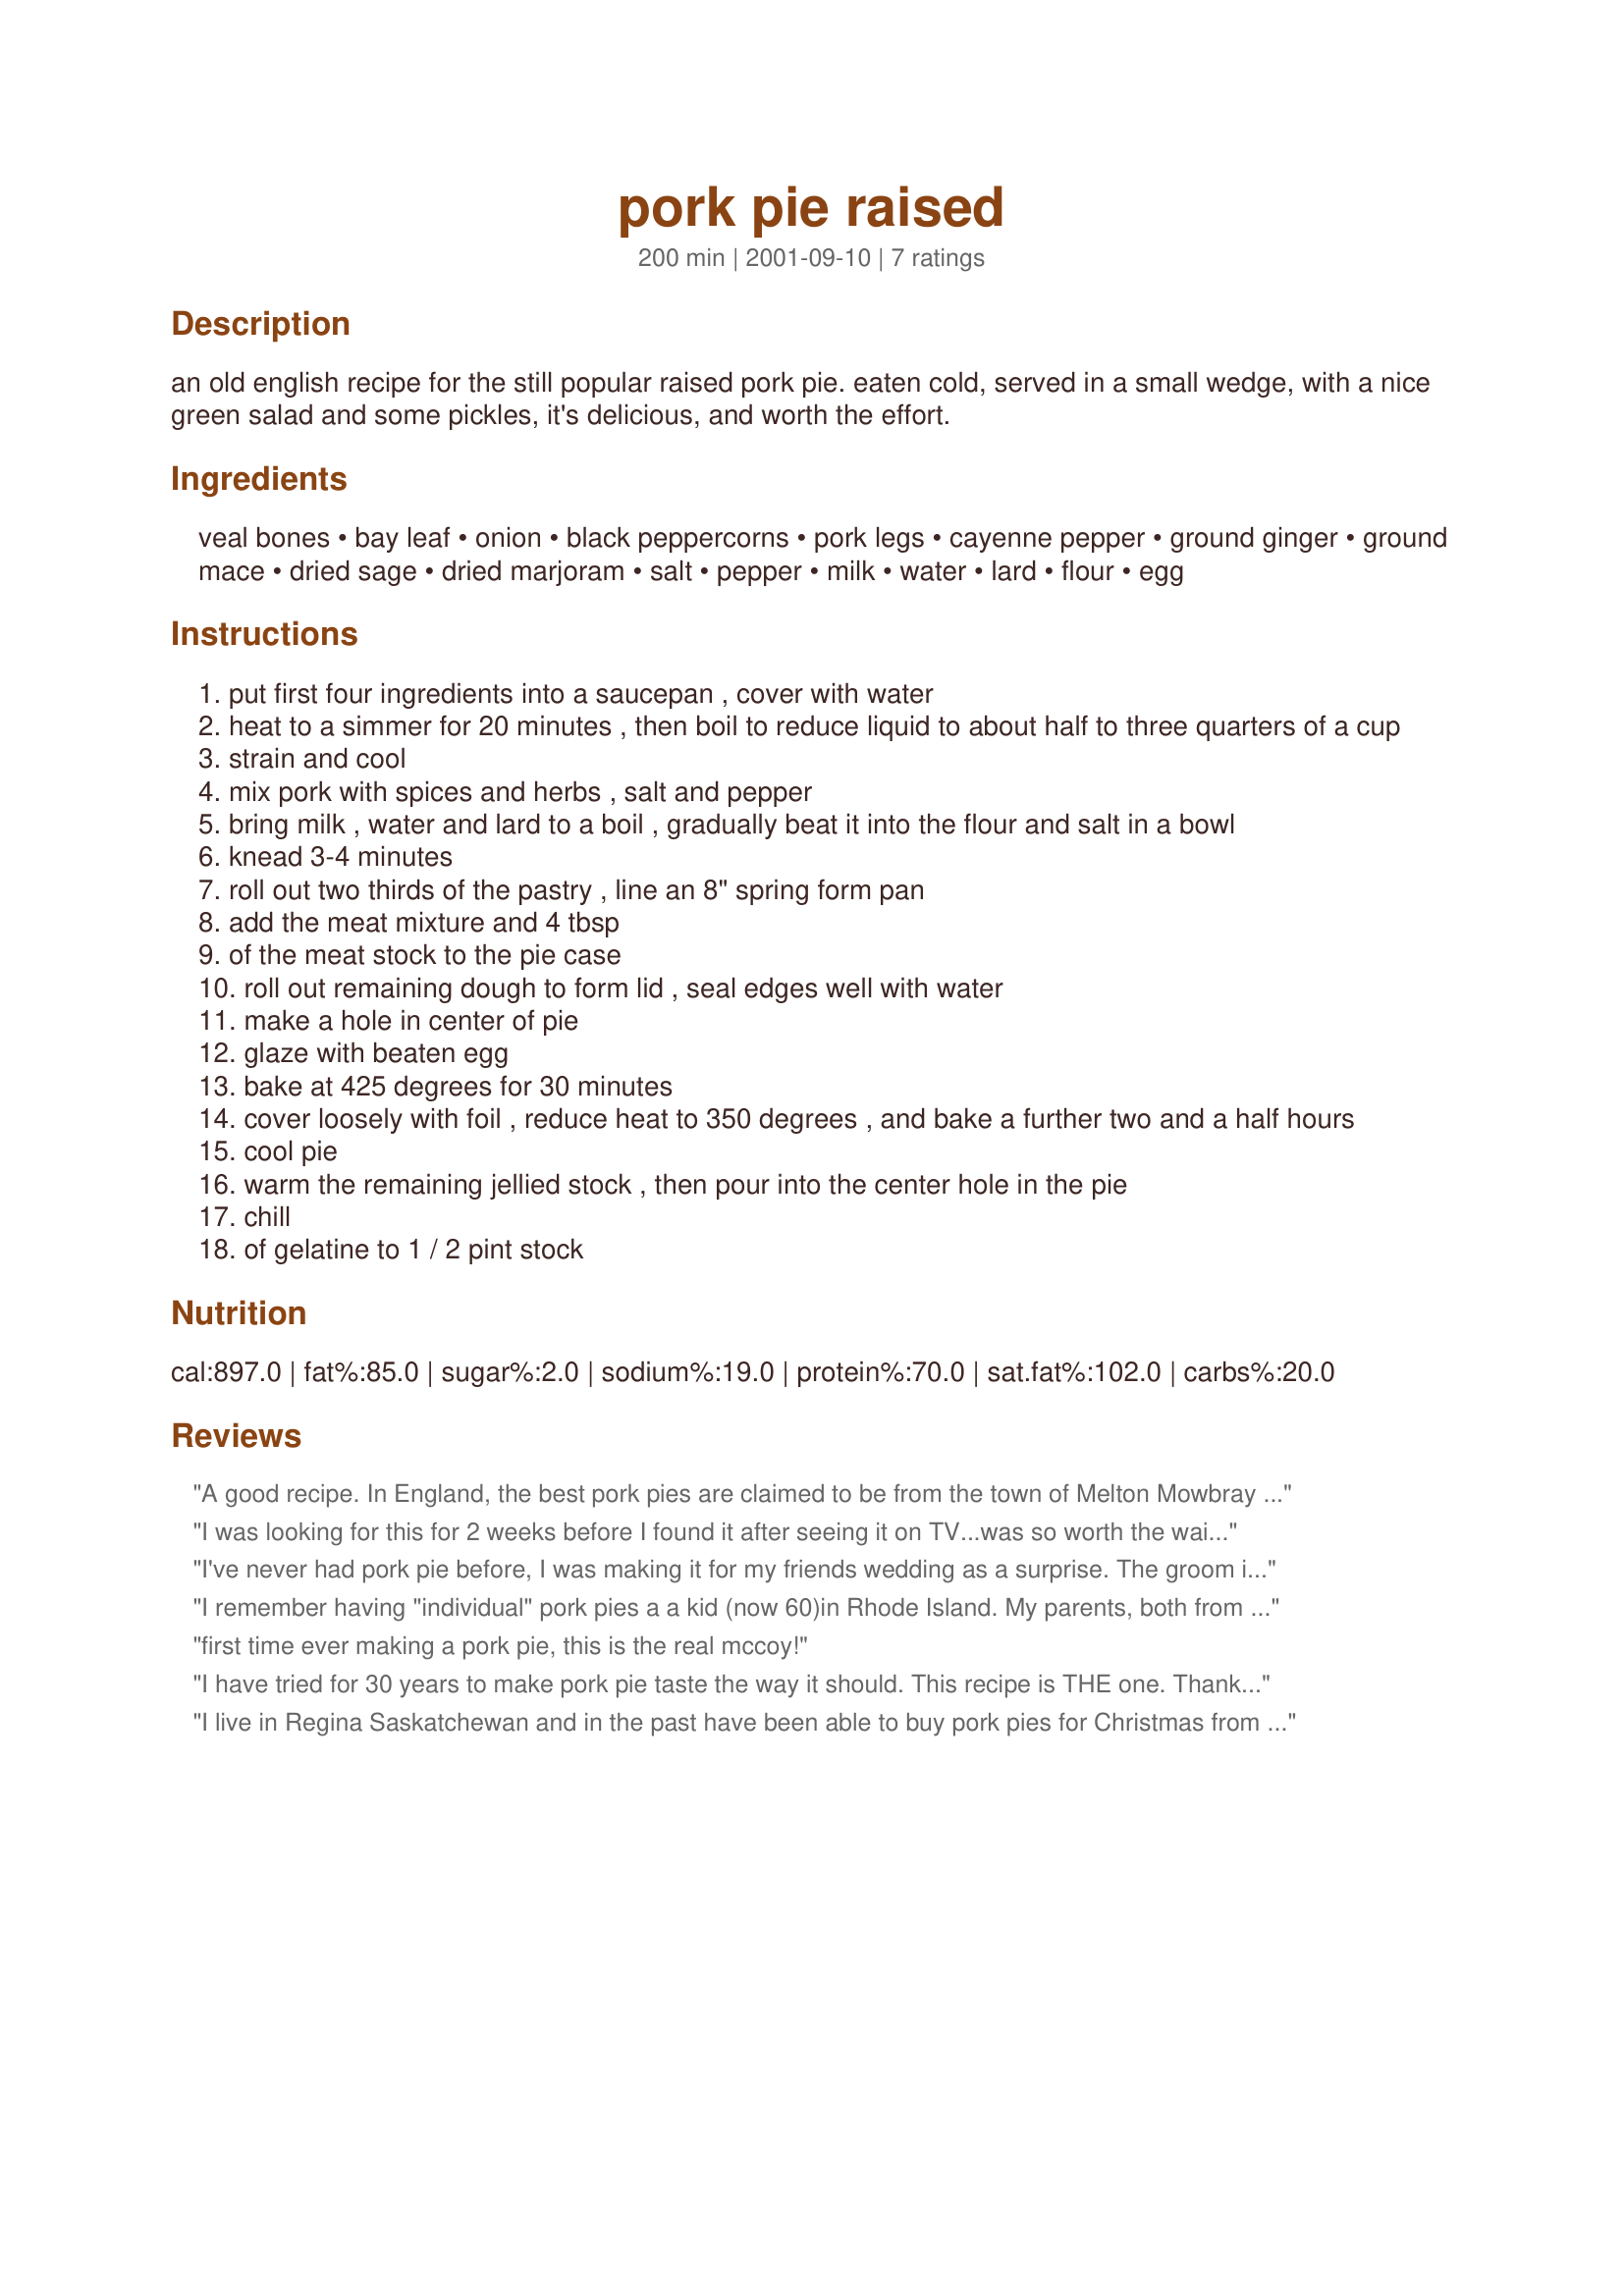
pork pie raised
Preparation time: 200 minutes

an old english recipe for the still popular raised pork pie. eaten cold, served in a small wedge, with a nice green salad and some pickles, it's delicious, and worth the effort.

Ingredients:
veal bones, bay leaf, onion, black peppercorns, pork legs, cayenne pepper, ground ginger, ground mace, dried sage, dried marjoram, salt, pepper, milk, water, lard, flour, egg

Steps:
put first four ingredients into a saucepan , cover with water
heat to a simmer for 20 minutes , then boil to reduce liquid to about half to three quarters of a cup
strain and cool
mix pork with spices and herbs , salt and pepper
bring milk , water and lard to a boil , gradually beat it into the flour and salt in a bowl
knead 3-4 minutes
roll out two thirds of the pastry , line an 8" spring form pan
add the meat mixture and 4 tbsp
of the meat stock to the pie case
roll out remaining dough to form lid , seal edges well with water
make a hole in center of pie
glaze with beaten egg
bake at 425 degrees for 30 minutes
cover loosely with foil , reduce heat to 350 degrees , and bake a further two and a half hours
cool pie
warm the remaining jellied stock , then pour into the center hole in the pie
chill
of gelatine to 1 / 2 pint stock

Reviews:
A good recipe. In England, the best pork pies are claimed to be from the town of Melton Mowbray in Leicestershire (where I worked at one time. No, not making pork recipes - making dog food!). The filling for this pie is very similar to the one I use, taken from a Melton recipe.<br/><br/>The main criterion is that the pork (or at least most of it) should be cubed (1/4-3/8") rather than minced/ground. This gives a wonderful mouth-feel.
I was looking for this for 2 weeks before I found it after seeing it on TV...was so worth the wait. This was the first pie I ever made and it was so easy and tasted great. Even my 16 year old sister complemented on it. Excellant recipe.
I've never had pork pie before, I was making it for my friends wedding as a surprise. The groom is English and isn't much for trying new foods. Anyway this is what he asked for so I'll bring this. I made a small one for myself to try. I really enjoyed it. I found it really easy to make the dough is really easy to work with. The only time consuming thing is that baking time really. I'll be making this again. Thanks
I remember having "individual" pork pies a a kid (now 60)in Rhode Island. My parents, both from England, originally made but then eventually bought them all the time. I have been searching recently for some of the things I enjoyed back then. The taste of this pie brought back all the memories of eating this great treat with my parents. Thanks.
first time ever making a pork pie, this is the real mccoy!
I have tried for 30 years to make pork pie taste the way it should. This recipe is THE one. Thank you very much.

Sue
I live in Regina Saskatchewan and in the past have been able to buy pork pies for Christmas from 
marks and Spencer and/or Superstore. This past year[2001] I could not and had to resort to making my own or having a frozen warmed up pie which is not an "English Christmas Tradition." My Dad was english and my Mother was Scottish, both of whom ensured we had a Cold pork Pie at Christmas every year I could remember. Thus when I got married in 1975, I continued the tradition with my wife and so the tradition continued. I love to cook so when I discovered your recipe, I was delighted, it is a little time consuming but well worth the wait, it is a once a year treat, totally unhealthy like many Christmas foods that I am planning to put together again shortly. 
Thank You for a very British recipe.
Jim Bradshaw
